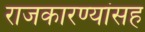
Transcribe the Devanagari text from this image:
राजकारण्यांसह